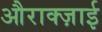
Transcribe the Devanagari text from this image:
औराक्ज़ाई